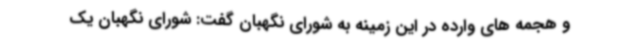
و هجمه های وارده در این زمینه به شورای نگهبان گفت: شورای نگهبان یک